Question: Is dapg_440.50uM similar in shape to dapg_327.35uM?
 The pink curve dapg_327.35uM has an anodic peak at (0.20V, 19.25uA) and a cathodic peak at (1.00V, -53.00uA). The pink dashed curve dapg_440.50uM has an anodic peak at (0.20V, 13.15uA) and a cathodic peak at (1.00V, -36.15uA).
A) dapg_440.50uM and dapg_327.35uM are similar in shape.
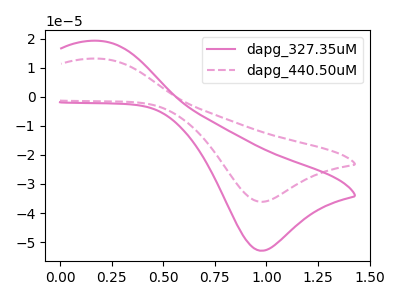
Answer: <think>All the peaks in "dapg_440.50uM" have a peak in "dapg_327.35uM" at the same potential. Every peak in "dapg_440.50uM" is lower than every peak in "dapg_327.35uM".
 </think>
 <answer>A) "dapg_440.50uM" and "dapg_327.35uM" are similar in shape.</answer>
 <eval>A</eval>